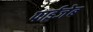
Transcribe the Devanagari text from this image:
पाईजेब